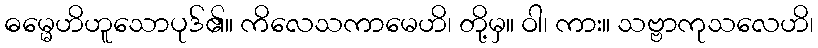
ဓမ္မေဟိဟူသောပုဒ်၏။ ကိလေသကာမေဟိ၊ တို့မှ။ ဝါ၊ ကား။ သဗ္ဗာကုသလေဟိ၊